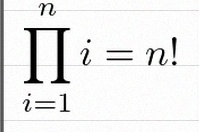
\prod_{i=1}^{n}i=n!